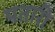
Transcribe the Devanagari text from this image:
पतारी